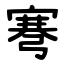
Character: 弿